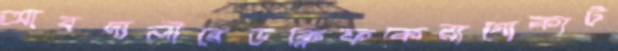
আবদালীরেডক্লিফকেরাগোকাট